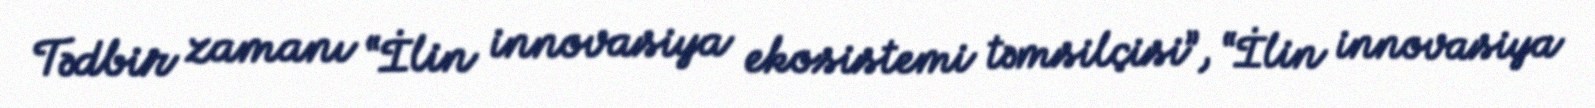
Tədbir zamanı “İlin innovasiya ekosistemi təmsilçisi”, “İlin innovasiya